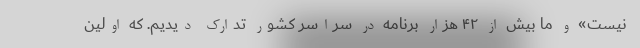
نیست» و ما بیش از ۴۲ هزار برنامه در سراسر کشور تدارک دیدیم. که اولین